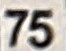
75